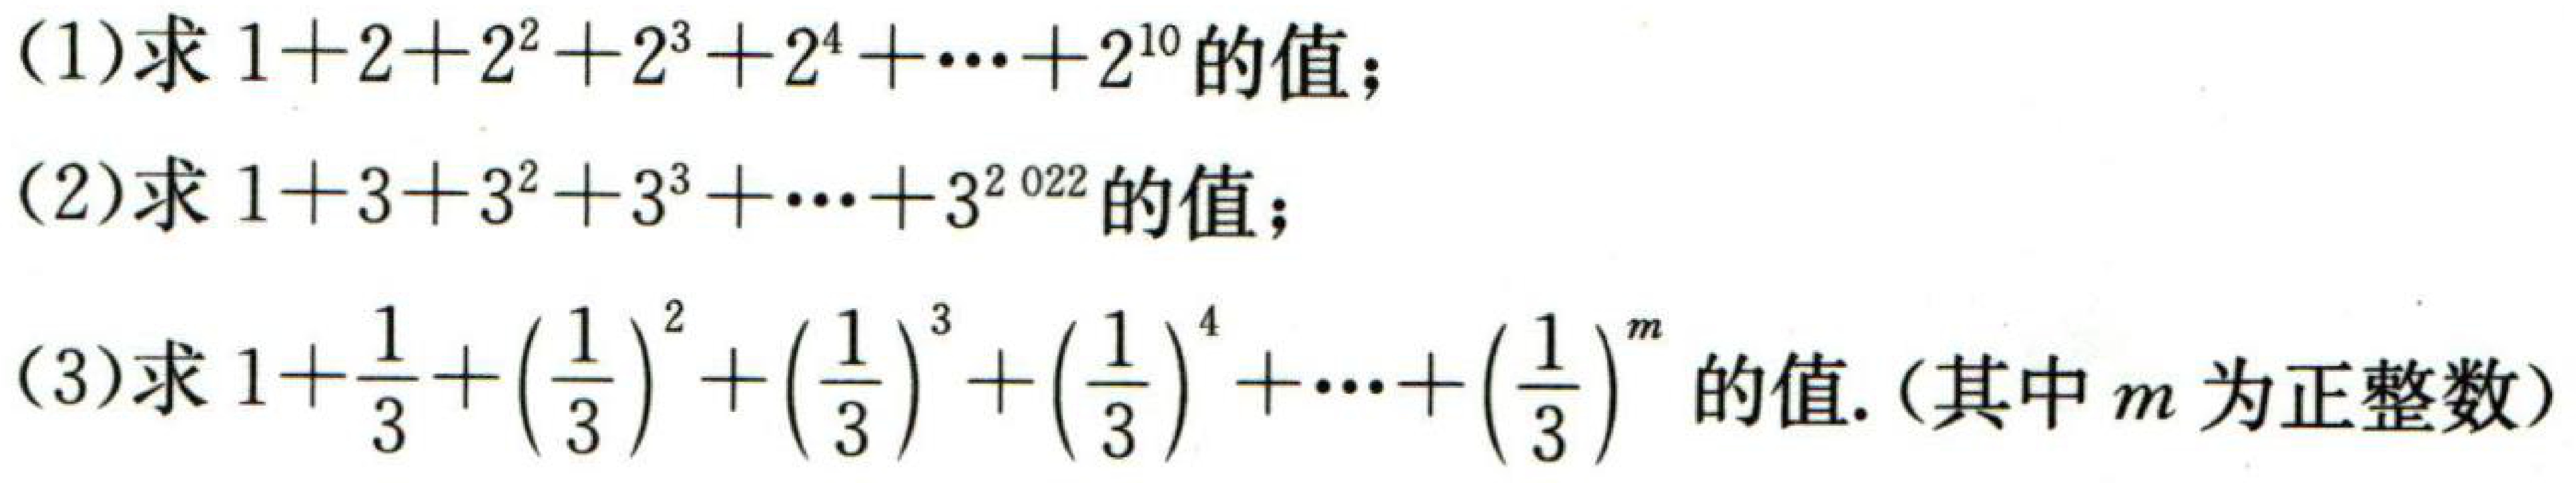
(1)求\(1 + 2+2^{2}+2^{3}+2^{4}+\cdots+2^{10}\)的值；
(2)求\(1 + 3+3^{2}+3^{3}+\cdots+3^{2022}\)的值；
(3)求\(1+\dfrac{1}{3}+\left(\dfrac{1}{3}\right)^{2}+\left(\dfrac{1}{3}\right)^{3}+\left(\dfrac{1}{3}\right)^{4}+\cdots+\left(\dfrac{1}{3}\right)^{m}\)的值.（其中\(m\)为正整数）